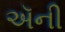
ઍની